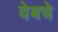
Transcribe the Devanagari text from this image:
वेबचे